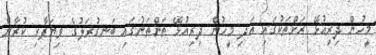
މީހުން ދިރިއުޅޭ ރަށްތަކުގައި އަދި މީހުން ދިރިއުޅޭ ތަންތަނުގައި ބަނގުރަލުގެ ވިޔަފާރި ކުރާނެ